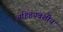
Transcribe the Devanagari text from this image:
अहिहयवंशीय